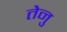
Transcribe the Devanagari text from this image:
तेनु